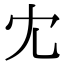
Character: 冘